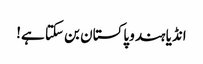
انڈیا ہندو پاکستان بن سکتا ہے!